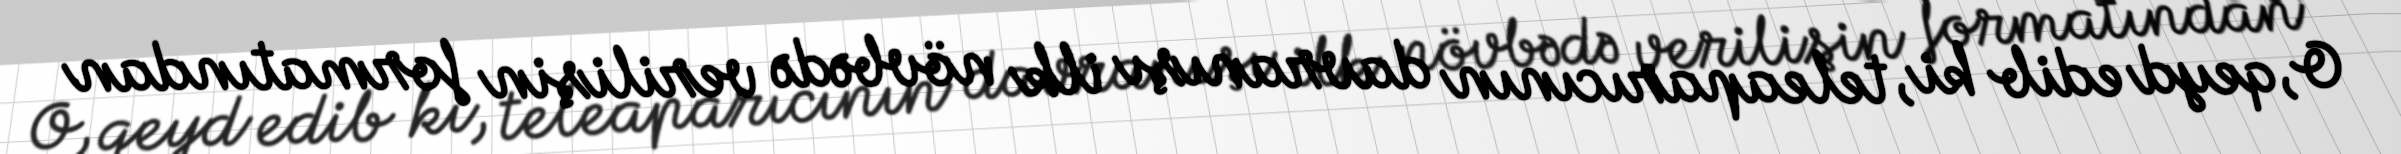
O, qeyd edib ki, teleaparıcının davranışı ilk növbədə verilişin formatından